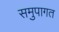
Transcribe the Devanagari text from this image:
समुपागत